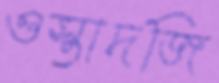
ওস্তাদজি